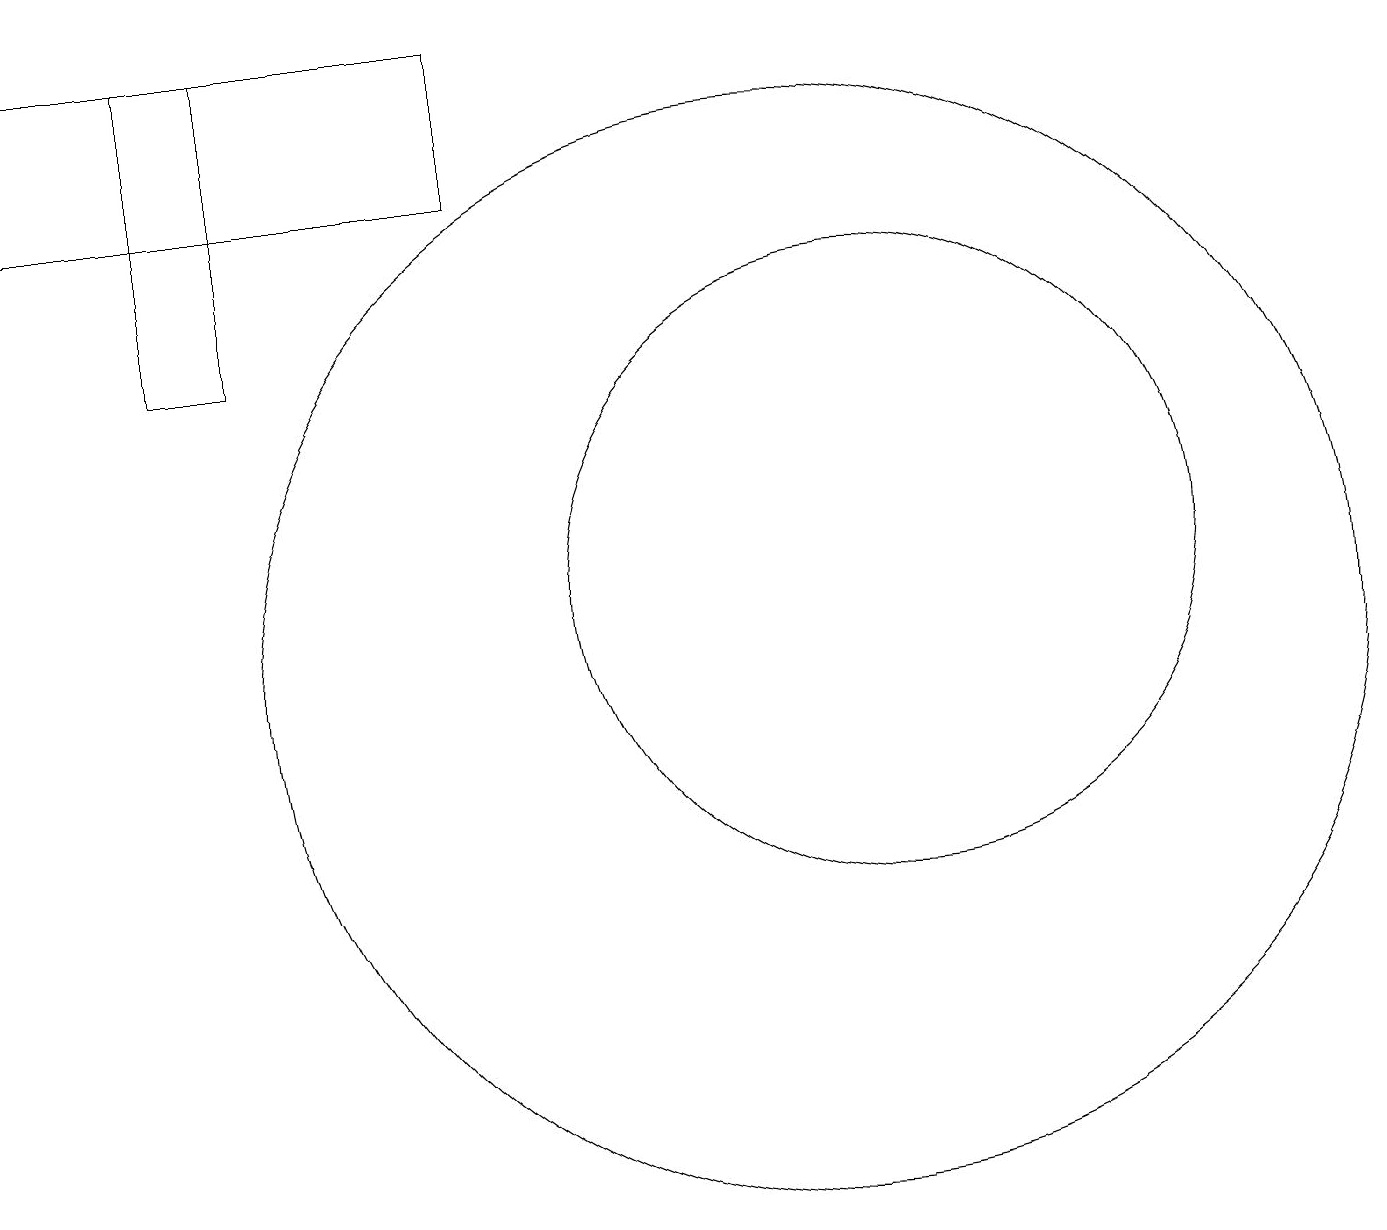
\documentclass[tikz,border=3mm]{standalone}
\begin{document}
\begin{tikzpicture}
\draw (0,18) rectangle (6,16);
\draw (11,11) circle (4);
\draw (2,18) rectangle (3,14);
\draw (10,10) circle (7);
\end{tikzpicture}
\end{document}